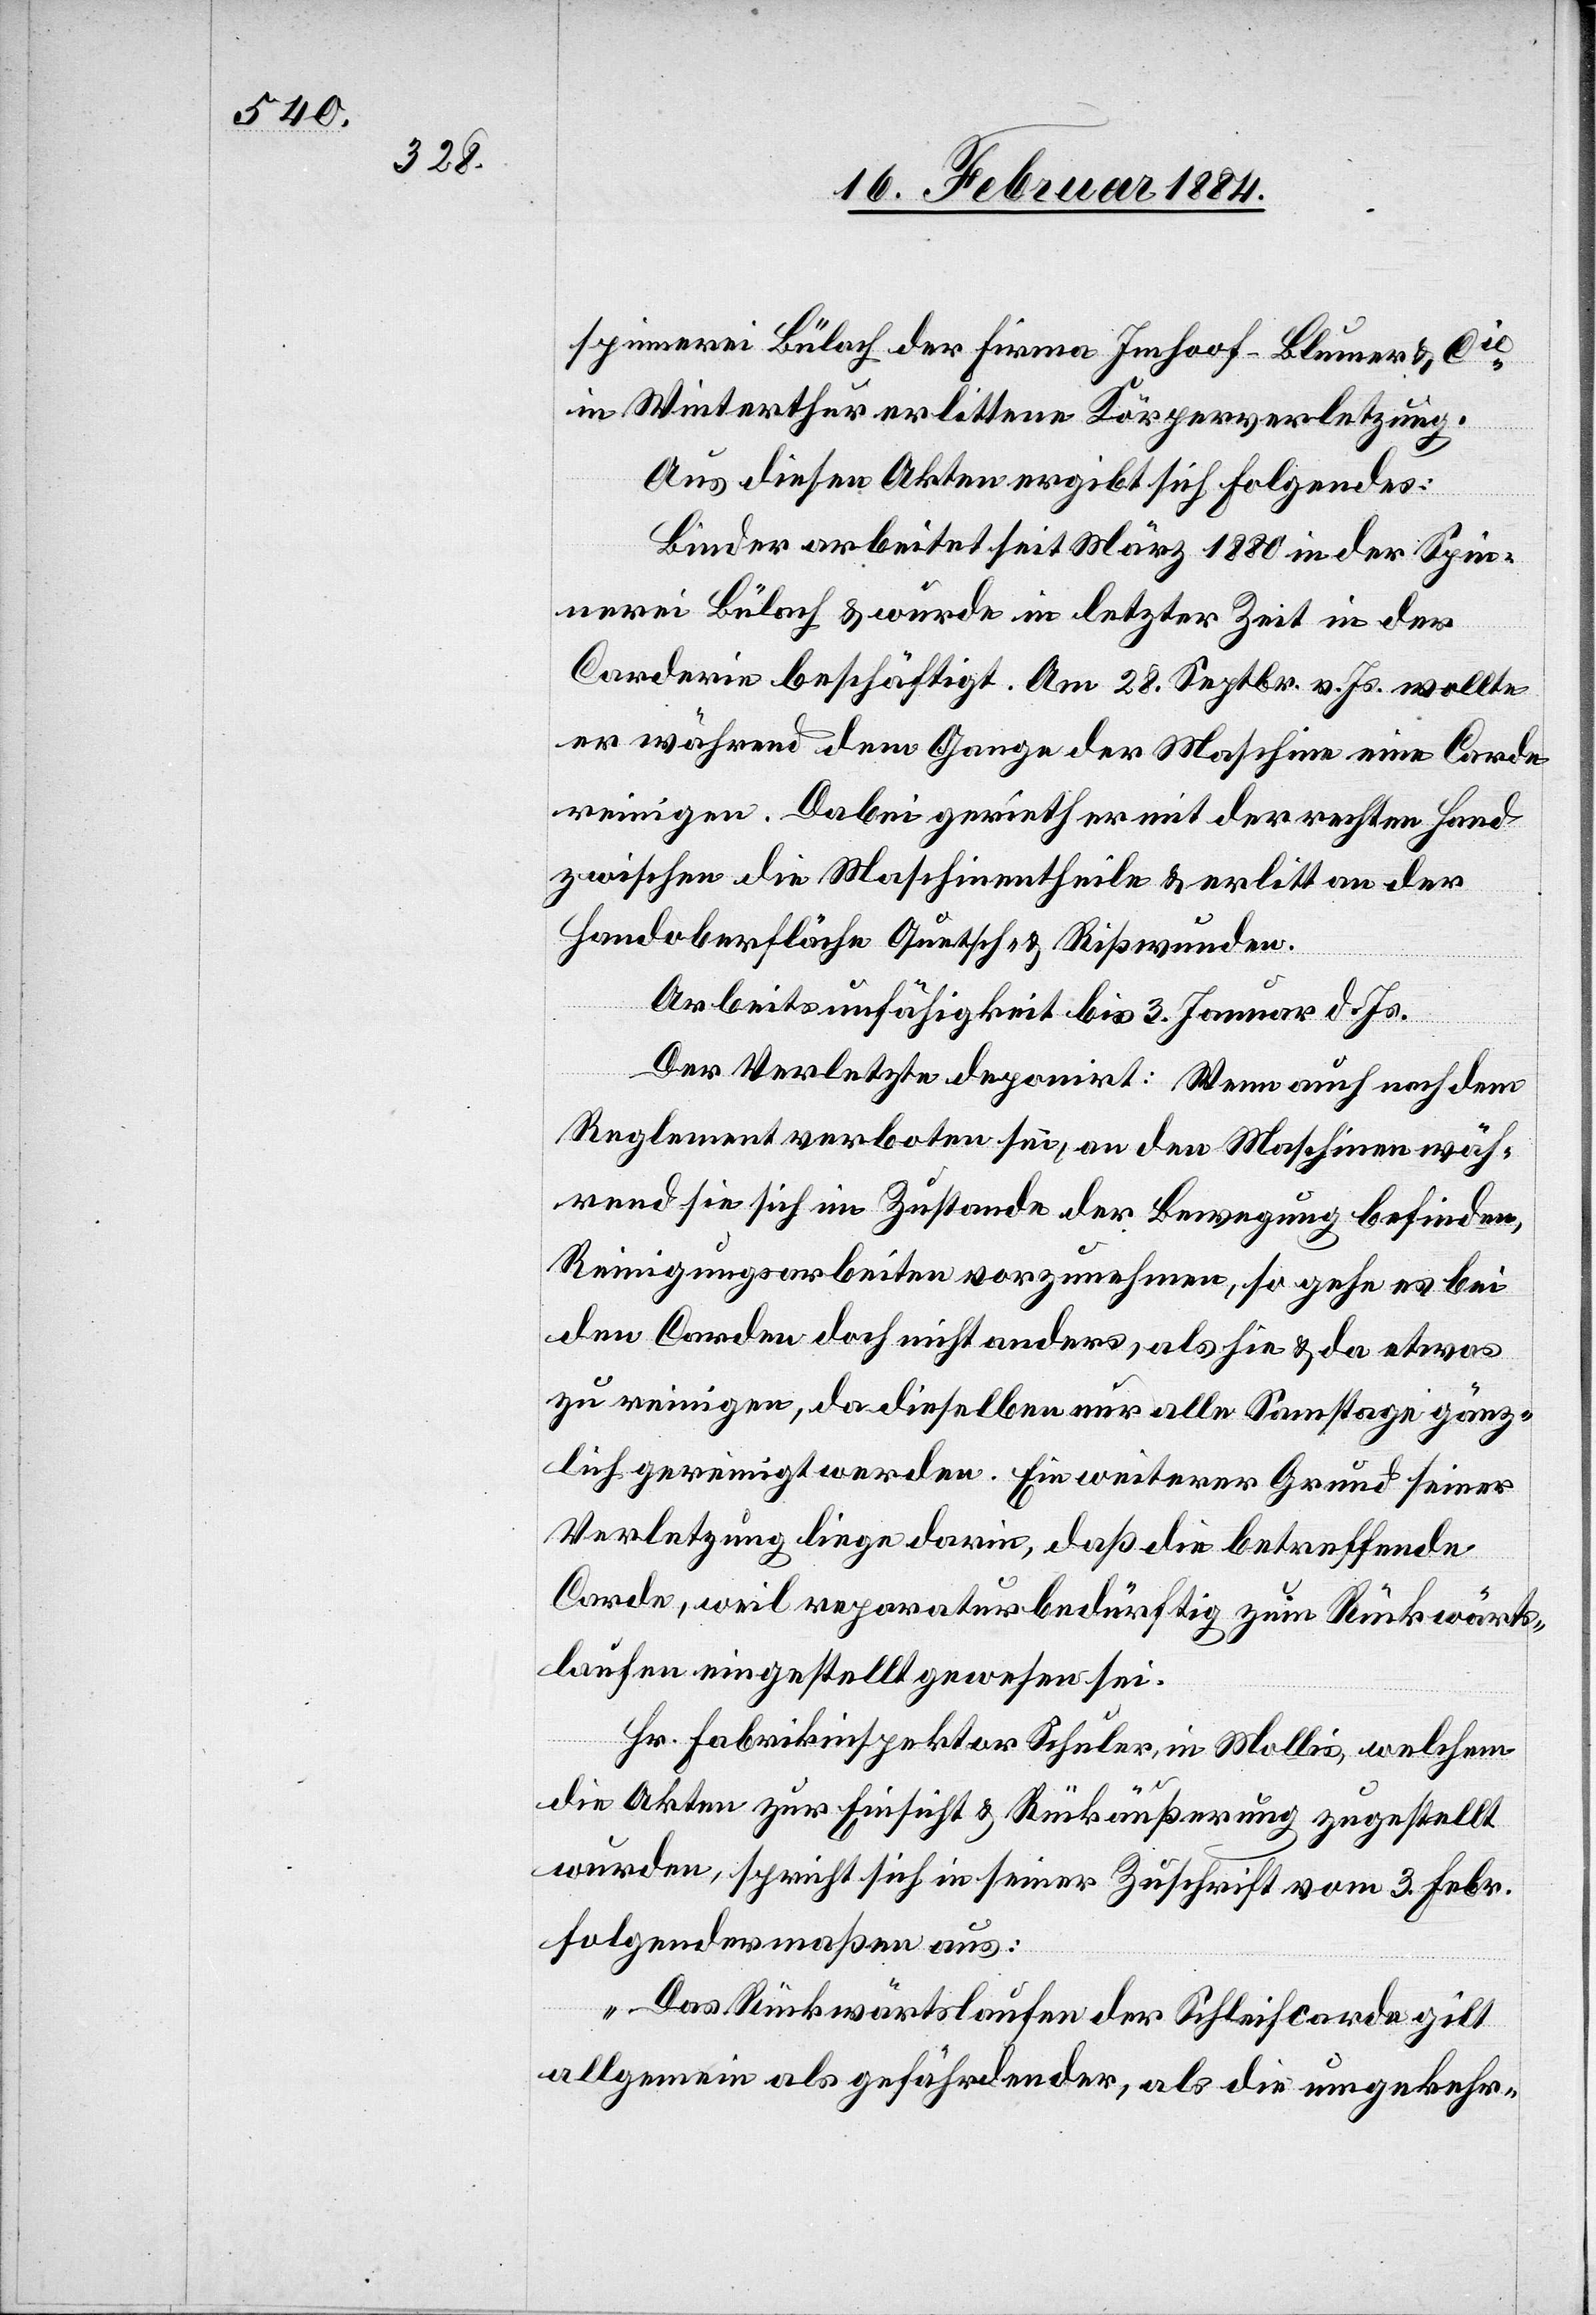
spinnerei Bülach der Firma Imhoof-Blumer & Cie
in Winterthur erlittene Körperverletzung.
Aus diesen Akten ergibt sich Folgendes:
Binder arbeite seit März 1880 in der Spin¬
nerei Bülach & wurde in letzter Zeit in der
Corderie beschäftigt. Am 28. Septbr. v. Js. wollte
er während dem Gange der Maschine eine Corde
reinigen. Dabei gerieth er mit der rechten Hand
zwischen die Maschinentheile & erlitt an der
Handoberfläche Quetsch- & Rißwunden.
Arbeitsunfähigkeit bis 3. Januar d. Js.
Der Verletzte deponirt: Wenn auch nach dem
Reglement verboten sei, an den Maschinen wäh¬
rend sie sich im Zustande der Bewegung befinden,
Reinigungsarbeiten vorzunehmen, so gehe es bei
den Corden doch nicht anders, als hie & da etwas
zu reinigen, da dieselben nur alle Samstage gänz¬
lich gereinigt werden. Ein weiterer Grund seiner
Verletzung liege darin, daß die betreffende
Corde, weil reparaturbedürftig zum Rückwärts¬
laufen eingestellt gewesen sei.
Hr. Fabrikinspektor Schuler, in Mollis, welchem
die Akten zur Einsicht & Rückäußerung zugestellt
wurden, spricht sich in seiner Zuschrift vom 3. Febr.
folgendermaßen aus:
„Das Rückwärtslaufen der Schleifcorde gilt
allgemein als gefährdender, als die umgekehr-